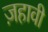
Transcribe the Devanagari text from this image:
ज़हावी